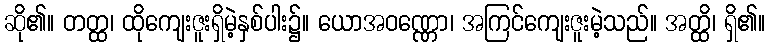
ဆို၏။ တတ္ထ၊ ထိုကျေးဇူးရှိမဲ့နှစ်ပါး၌။ ယောအဝဏ္ဏော၊ အကြင်ကျေးဇူးမဲ့သည်။ အတ္ထိ၊ ရှိ၏။